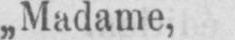
„Madame,